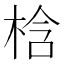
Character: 梒